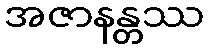
အဇာနန္တဿ